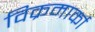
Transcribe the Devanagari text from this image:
विक्रमार्का